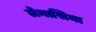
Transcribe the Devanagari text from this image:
लेनासिया